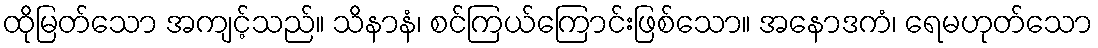
ထိုမြတ်သော အကျင့်သည်။ သိနာနံ၊ စင်ကြယ်ကြောင်းဖြစ်သော။ အနောဒကံ၊ ရေမဟုတ်သော